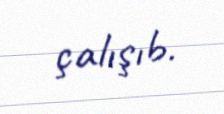
çalışıb.